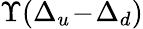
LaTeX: \Upsilon(\Delta_{u}\! -\! \Delta_{d})